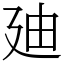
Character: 廸